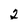
Character: 2